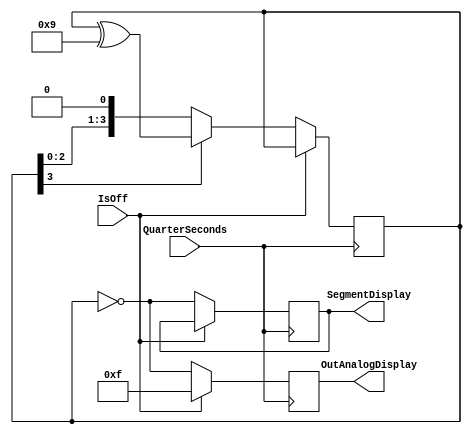
`timescale 1ns / 1ps
//////////////////////////////////////////////////////////////////////////////////
// 
// 
//////////////////////////////////////////////////////////////////////////////////


module SegDisplay
/*** PARAMETERS ***/
#(parameter
    // WL
    CLOCKSPEED     = 100000000
)
/*** IN/OUT ***/
(
    // IN
    input                   QuarterSeconds,
                            IsOff,
    // OUT
    output reg [3 : 0]      SegmentDisplay, // Segment display
                            OutAnalogDisplay
);
    // STATES
    
    reg [3 : 0] var;
    
    initial 
    begin
        SegmentDisplay  = 4'b1110; // go right to left
        var             = 4'b0001;
    end              
    // TODO translate sec/min/hours to the SSD
    
    // Turns on segment display
    always @(posedge QuarterSeconds)
    begin
        if(IsOff) OutAnalogDisplay <= 4'b1111;
        else 
        begin
            // Instead of states, can I shift?
            if(var[3]) var      <= var ^ 4'b1001; // Left shift will 0 out the reg, xor by 9 to get 4'b0001
            else var            <= var << 1;
            SegmentDisplay      <= ~var;
            OutAnalogDisplay    <= ~var;
        end
    end 
    
endmodule